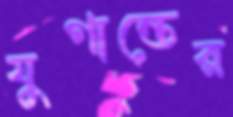
যুগান্তের